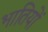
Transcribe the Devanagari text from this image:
भातियों